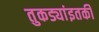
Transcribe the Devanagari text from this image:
तुकड्यांइतकी